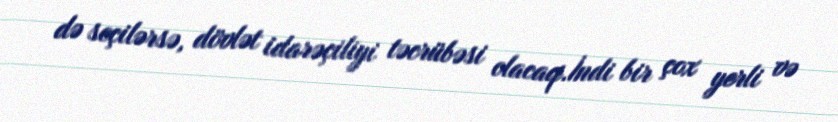
də seçilərsə, dövlət idarəçiliyi təcrübəsi olacaq.İndi bir çox yerli və